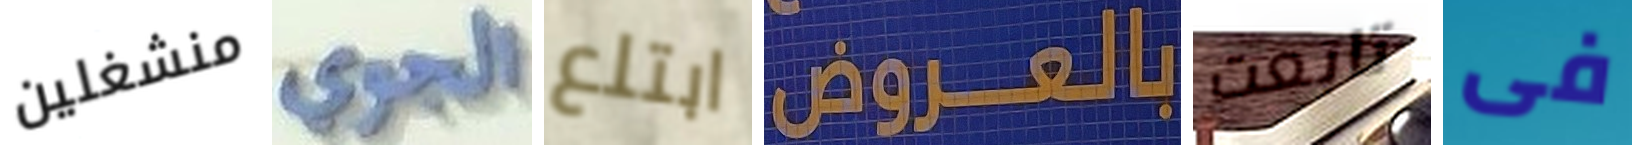
منشغلين الجوي ابتلع بالعروض تابعت فى